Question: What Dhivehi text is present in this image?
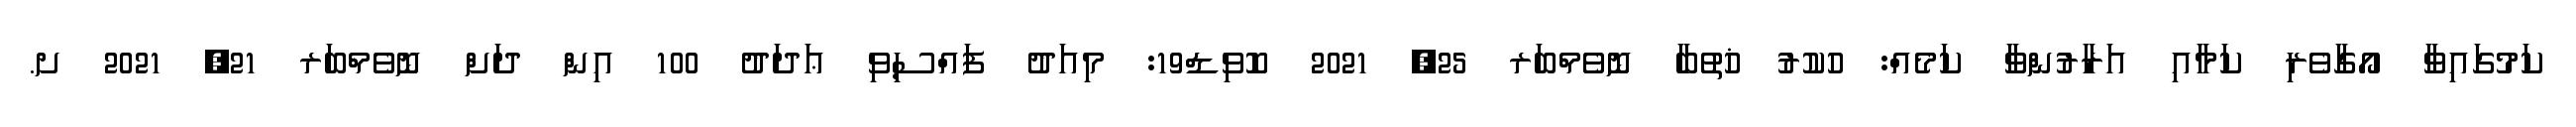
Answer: ކަމުގައިވާ އޯގާވެރި ކަމާއި އަރާރުންވާ ކަމެއް: ހުކުރު ޚުތުބާ ނޮވެމްބަރ 25, 2021 ކޮވިޑް19: މިއަދު ފައްސިވި ޢަދަދު 100 އިން ދަށް ނޮވެމްބަރ 21, 2021 ށ.